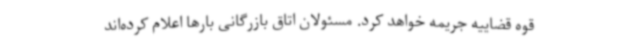
قوه قضاییه جریمه خواهد کرد. مسئولان اتاق بازرگانی بارها اعلام کرده‌اند